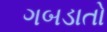
ગબડાતો